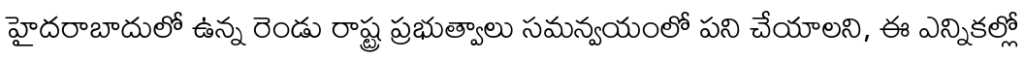
హైదరాబాదులో ఉన్న రెండు రాష్ట్ర ప్రభుత్వాలు సమన్వయంలో పని చేయాలని, ఈ ఎన్నికల్లో